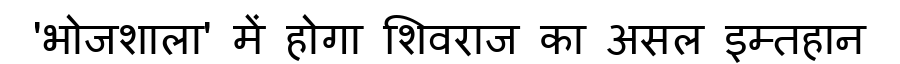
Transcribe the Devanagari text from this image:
'भोजशाला' में होगा शिवराज का असल इम्तहान